Vaccination in Burma 1912-1922 - 1912-1922
Year: 1912
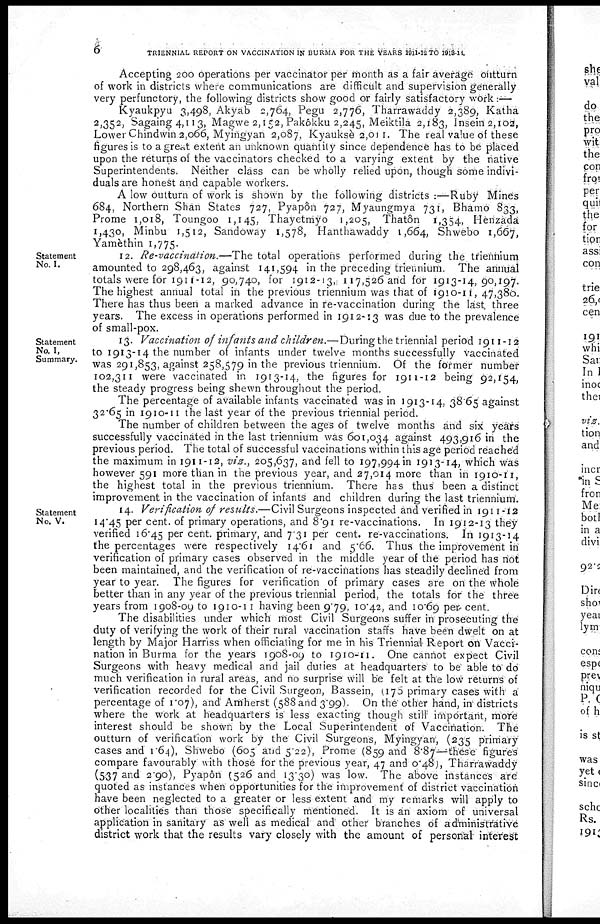
6
TRIENNIAL REPORT ON VACCINATION IN BURMA FOR THE YEARS 1911-12 TO 1913-14
Accepting 200 operations per vaccinator per month as a fair average outturn
of work in districts where communications are difficult and supervision generally
very perfunctory, the following districts show good or fairly satisfactory work :—
Kyaukpyu 3,498, Akyab 2,764, Pegu 2,776, Tharrawaddy 2,389, Katha
2,352, Sagaing 4,113, Magwe 2,152, Pakôkku 2,245, Meiktila 2,183, Insein 2,102,
Lower Chindwin 2,066, Myingyan 2,087, Kyauksè 2,011. The real value of these
figures is to a great extent an unknown quantily since dependence has to be placed
upon the returns of the vaccinators checked to a varying extent by the native
Superintendents. Neither class can be wholly relied upon, though some indivi-
duals are honest and capable workers.
A low outturn of work is shown by the following districts :—Ruby Mines
684, Northern Shan States 727, Pyapôn 727, Myaungmya 731, Bhamo 833,
Prome 1,018, Toungoo 1,145, Thayetmyo 1,205, Thatôn 1,354, Henzada
1,430, Minbu 1,512, Sandoway 1,578, Hanthawaddy 1,664, Shwebo 1,667,
Yamèthin 1,775.
Statement
No. I.
12. Re-vaccination.—The total operations performed during the triennium
amounted to 298,463, against 141,594 in the preceding triennium. The annual
totals were for 1911-12, 90,740, for 1912-13, 117,526 and for 1913-14,90,197.
The highest annual total in the previous triennium was that of 1910-11,47,380.
There has thus been a marked advance in re-vaccination during the last. three
years. The excess in operations performed in 1912-13 was due to the prevalence
of small-pox.
Statement
No. I,
Summary.
13. Vaccination of infants and children.—During the triennial period 1911-12
to 1913-14 the number of infants under twelve months successfully vaccinated
was 291,853, against 258,579 in the previous triennium. Of the former number
102,311 were vaccinated in 1913-14, the figures for 1911-12 being 92,154,
the steady progress being shewn throughout the period.
The percentage of available infants vaccinated was in 1913-14, 38.65 against
32.65 in 1910-11 the last year of the previous triennial period.
The number of children between the ages of twelve months and six years
successfully vaccinated in the last triennium was 601,034 against 493,916 in the
previous period. The total of successful vaccinations within this age period reached
the maximum in 1911-12, viz., 205,637, and fell to 197,994 in 1913-14, which was
however 591 more than in the previous year, and 27,014 more than in 1910-11,
the highest total in the previous triennium. There has thus been a distinct
improvement in the vaccination of infants and children during the last triennium.
Statement
No. V.
14. Verification of results.—Civil Surgeons inspected and verified in 1911-12
14.45 per cent. of primary operations, and 8.91 re-vaccinations. In 1912-13 they
verified 16.45 per cent. primary, and 7.31 per cent. re-vaccinations. In 1913-14
the percentages were respectively 14.61 and 5.66. Thus the improvement in
verification of primary cases observed in the middle year of the period has riot
been maintained, and the verification of re-vaccinations has steadily declined from
year to year. The figures for verification of primary cases are on the whole
better than in any year of the previous triennial period, the totals for the three
years from 1908-09 to 1910-11 having been 9.79, 10.42, and 10.69 per cent.
The disabilities under which most Civil Surgeons suffer in prosecuting the
duty of verifying the work of their rural vaccination staffs have been dwelt on at
length by Major Harriss when officiating for me in his Triennial Report on Vacci-
nation in Burma for the years 1908-09 to 1910-11. One cannot expect Civil
Surgeons with heavy medical and jail duties at headquarters to be able to do
much verification in rural areas, and no surprise will be felt at the low returns of
verification recorded for the Civil Surgeon, Bassein, (175 primary cases with a
percentage of 1.07), and Amherst (588 and 3.99). On the other hand, in districts
where the work at headquarters is less exacting though still important, more
interest should be shown by the Local Superintendent of Vaccination. The
outturn of verification work by the Civil Surgeons, Myingyan, (235 primary
cases and 1.64), Shwebo (605 and 5.22), Prome (859 and 8.87—these figures
compare favourably with those for the previous year, 47 and 0.48), Tharrawaddy
(537 and 2.90), Pyapôn (526 and 13.30) was low. The above instance's are
quoted as instances when opportunities for the improvement of district vaccination
have been neglected to a greater or less extent and my remarks will apply to
other localities than those specifically mentioned. It is an axiom of universal
application in sanitary as well as medical and other branches of administrative
district work that the results vary closely with the amount of personal interest